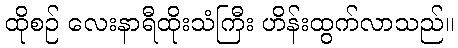
ထိုစဉ် လေးနာရီထိုးသံကြီး ဟိန်းထွက်လာသည်။